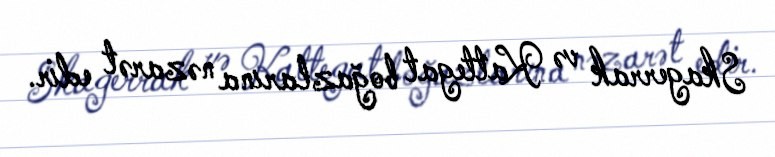
Skagerrak və Kattegat boğazlarına nəzarət edir.